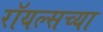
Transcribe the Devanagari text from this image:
रॉयल्सच्या